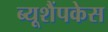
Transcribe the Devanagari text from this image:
ब्यूशैंपकेस